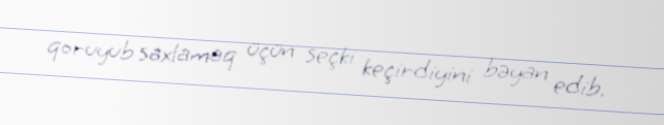
qoruyub saxlamaq üçün seçki keçirdiyini bəyan edib.